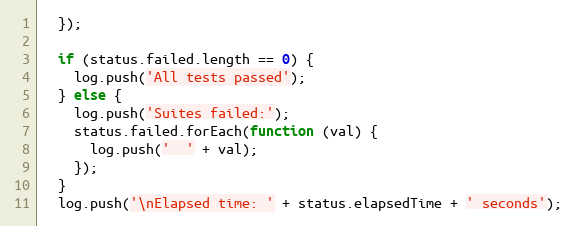
Language: JavaScript
  });

  if (status.failed.length == 0) {
    log.push('All tests passed');
  } else {
    log.push('Suites failed:');
    status.failed.forEach(function (val) {
      log.push('  ' + val);
    });
  }
  log.push('\nElapsed time: ' + status.elapsedTime + ' seconds');